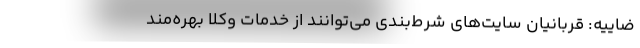
ضاییه: قربانیان سایت‌های شرط‌بندی می‌توانند از خدمات وکلا بهره‌مند